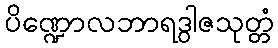
ပိဏ္ဍောလဘာရဒွါဇသုတ္တံ